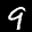
Label: 9